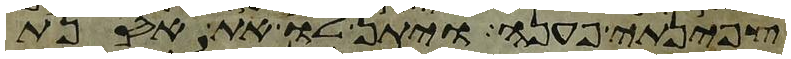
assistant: צפינתי פענה ויתן לו את אסנת